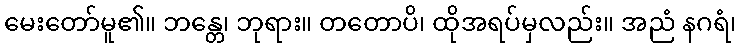
မေးတော်မူ၏။ ဘန္တေ၊ ဘုရား။ တတောပိ၊ ထိုအရပ်မှလည်း။ အညံ နဂရံ၊